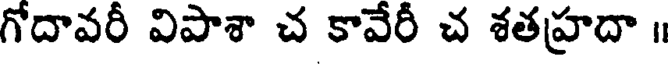
గోదావరీ విపాశా చ కావేరీ చ శతహ్రదా ॥